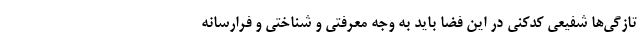
تازگی‌ها شفیعی کدکنی در این فضا باید به وجه معرفتی و شناختی و فرارسانه